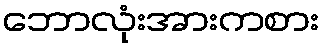
ဘောလုံးအားကစား